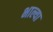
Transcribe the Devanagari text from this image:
भाल्या